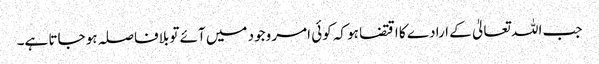
جب اللہ تعالیٰ کے ارادے کا اقتضا ہو کہ کوئی امر وجود میں آئے تو بلافاصلہ ہو جاتا ہے۔